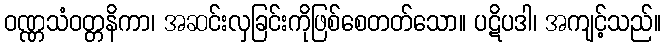
ဝဏ္ဏသံဝတ္တနိကာ၊ အဆင်းလှခြင်းကိုဖြစ်စေတတ်သော။ ပဋိပဒါ၊ အကျင့်သည်။